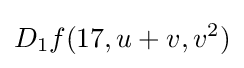
D_{1}f(17,u+v,v^{2})